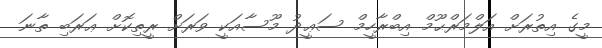
މީގެ އިތުރަށް އަލްމަރްޙޫމް އިބްރާހީމް ސަޢީދު މޫސާއަކީ ވަރަށް ރީތިކޮށް ޢަރަބި ތާނަ